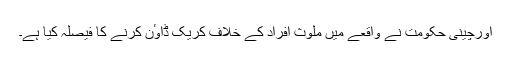
اورچینی حکومت نے واقعے میں ملوث افراد کے خلاف کریک ڈاوٴن کرنے کا فیصلہ کیا ہے۔